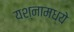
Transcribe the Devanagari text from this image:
यश्नामध्ये